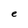
Character: e